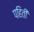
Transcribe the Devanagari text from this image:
पहिती